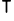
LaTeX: ^\intercal